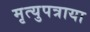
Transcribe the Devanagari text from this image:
मृत्युपत्राया